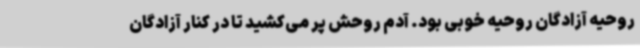
روحیه آزادگان روحیه خوبی بود. آدم روحش پر می‌کشید تا در کنار آزادگان